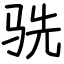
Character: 𬳽